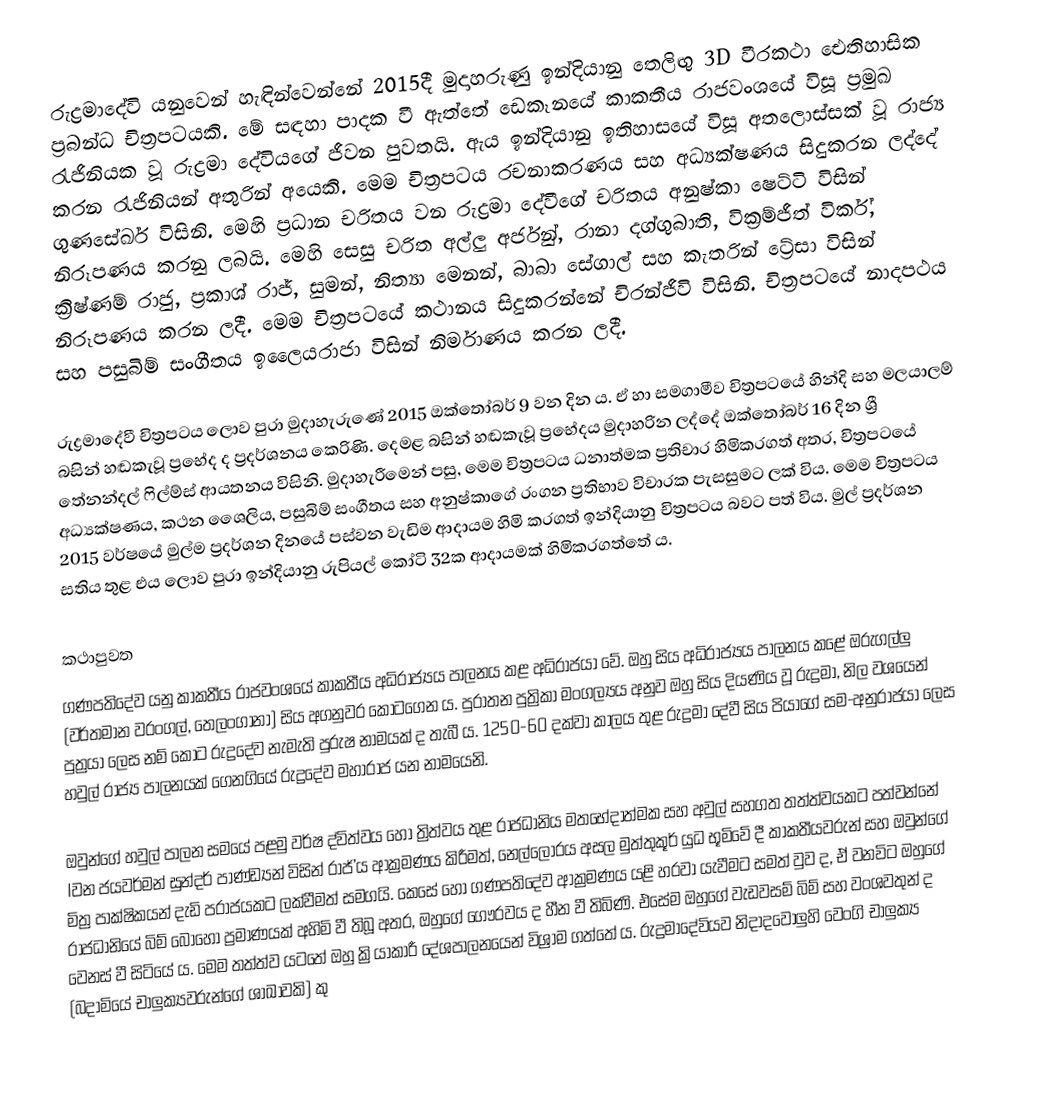
රුද්‍රමාදේවි යනුවෙන් හැඳින්වෙන්නේ 2015දී මුදාහරුණු ඉන්දියානු තෙලිඟු 3D වීරකථා ඓතිහාසික ප්‍රබන්ධ චිත්‍රපටයකි. මේ සඳහා පාදක වී ඇත්තේ ඩෙකෑනයේ කාකතීය රාජවංශයේ විසූ ප්‍රමුඛ රැජිනියක වූ රුද්‍රමා දේවියගේ ජීවන පුවතයි. ඇය ඉන්දියානු ඉතිහාසයේ විසූ අතලොස්සක් වූ රාජ්‍ය කරන රැජිනියන් අතුරින් අයෙකි. මෙම චිත්‍රපටය රචනාකරණය සහ අධ්‍යක්ෂණය සිදුකරන ලද්දේ ගුණසේඛර් විසිනි. මෙහි ප්‍රධාන චරිතය වන රුද්‍රමා දේවීගේ චරිතය අනුෂ්කා ෂෙට්ටි විසින් නිරූපණය කරනු ලබයි. මෙහි සෙසු චරිත අල්ලු අර්ජුන්, රානා දග්ගුබාති, වික්‍රම්ජීත් විර්ක්, ක්‍රිෂ්ණම් රාජු, ප්‍රකාශ් රාජ්, සුමන්, නිත්‍යා මෙනන්, බාබා සේගාල් සහ කැතරින් ට්‍රේසා විසින් නිරූපණය කරන ලදී. මෙම චිත්‍රපටයේ කථානය සිදුකරන්නේ චිරන්ජීවි විසිනි. චිත්‍රපටයේ නාදපථය සහ පසුබිම් සංගීතය ඉලෛයරාජා විසින් නිර්මාණය කරන ලදී.

රුද්‍රමාදේවී චිත්‍රපටය ‍ලොව පුරා මුදාහැරුණේ 2015 ඔක්තෝබර් 9 වන දින ය. ඒ හා සමගාමීව චිත්‍රපටයේ හින්දි සහ මලයාලම් බසින් හඬකැවූ ප්‍රභේද ද ප්‍රදර්ශනය කෙරිණි. දෙමළ බසින් හඬකැවූ ප්‍රභේදය මුදාහරින ලද්දේ ඔක්තෝබර් 16 දින ශ්‍රී තේනන්දල් ෆිල්ම්ස් ආයතනය විසිනි. මුදාහැරීමෙන් පසු, මෙම චිත්‍රපටය ධනාත්මක ප්‍රතිචාර හිමිකරගත් අතර, චිත්‍රපටයේ අධ්‍යක්ෂණය, කථන ශෛලිය, පසුබිම් සංගීතය සහ අනුෂ්කාගේ රංගන ප්‍රතිභාව විචාරක පැසසුමට ලක් විය. මෙම චිත්‍රපටය 2015 වර්ෂයේ මුල්ම ප්‍රදර්ශන දින‍යේ පස්වන වැඩිම ආදායම හිමි කරගත් ඉන්දියානු චිත්‍රපටය බවට පත් විය‍. මුල් ප්‍රදර්ශන සතිය තුළ එය ලොව පුරා ඉන්දියානු රුපියල් කෝටි 32ක ආදායමක් හිමිකරගත්තේ ය.

කථාපුවත
ගණපතිදේව යනු කාකතීය රාජවංශයේ කාකතීය අධිරාජ්‍යය පාලනය කළ අධිරාජයා වේ. ඔහු සිය අධිරාජ්‍යය පාලනය කළේ ඔරුගල්ලු (වර්තමාන වරංගල්, තෙලංගානා) සිය අගනුවර කොටගෙන ය. පුරාතන පුත්‍රිකා මංගල්‍යය අනුව ඔහු සිය දියණිය වූ රුද්‍රමා, නිල වශයෙන් පුත්‍රයා ලෙස නම් කොට රුද්‍රදේව නැමැති පුරුෂ නාමයක් ද තැබී ය. 1250-60 දක්වා කාලය තුළ රුද්‍රමා දේවී සිය පියාගේ සම-අනුරාජයා ලෙස හවුල් රාජ්‍ය පාලනයක් ගෙනගියේ රුද්‍රදේව ‍මහාරාජ යන නාමයෙනි.

ඔවුන්ගේ හවුල් පාලන සමයේ පළමු වර්ෂ ද්විත්වය හෝ ත්‍රිත්වය තුළ රාජධානිය මතභේදාත්මක සහ අවුල් සහගත තත්ත්වයකට පත්වන්නේ Iවන ජයවර්මන් සුන්දර් පාණ්ඩ්‍යන් විසින් රාජ්‍’ය ආක්‍රමණය කිරීමත්, නෙල්ලෝරය අසල මුත්තුකූර් යුධ භූමිවේ දී කාකතීයවරුන් සහ ඔවුන්ගේ මිත්‍ර පාක්ෂිකයන් දැඩි පරාජයකට ලක්වීමත් සමගයි. කෙසේ හෝ ගණපතිදේව ආක්‍රමණය යළි හරවා යැවීමට සමත් වුව ද, ඒ වනවිට ඔහුගේ රාජධානියේ බිම් බොහෝ ප්‍රමාණයක් අහිමි වී තිබූ අතර, ඔහුගේ ගෞරවය ද හීන වී තිබිණි. එසේම ඔහුගේ වැඩවසම් බිම් සහ වංශවතුන් ද වෙනස් වී සිටියේ ය. මෙම තත්ත්ව යටතේ ඔහු ක්‍රියාකාරී දේශපාලනයෙන් විශ්‍රාම ගත්තේ ය. රුද්‍රමාදේවියව නිදාදවෝලුහි වෙංගි චාලුක්‍ය (බදාමියේ චාලුක්‍යවරුන්ගේ ශාඛාවකි) කු